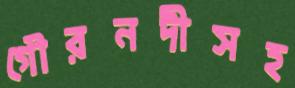
গৌরনদীসহ